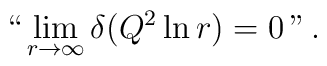
`` \lim_{r\rightarrow \infty }\delta (Q^{2}\ln r)=0 \, " \,.